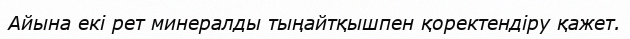
Айына екі рет минералды тыңайтқышпен қоректендіру қажет.